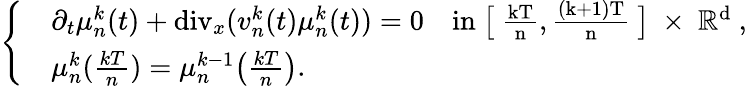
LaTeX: \left\{ \begin{array}{rl}&{\partial_{t}\mu_{n}^{k}(t)+\textnormal{div}_{x}(v_{n}^{k}(t)\mu_{n}^{k}(t))=0\quad\mathrm{in~\big[~\frac{kT}{n},\frac{(k+1)T}{n}~\big]~\times~\mathbb{R}^d~},}\\ &{\mu_{n}^{k}(\frac{kT}{n})=\mu_{n}^{k-1}\big(\frac{kT}{n}\big).}\end{array}\right.